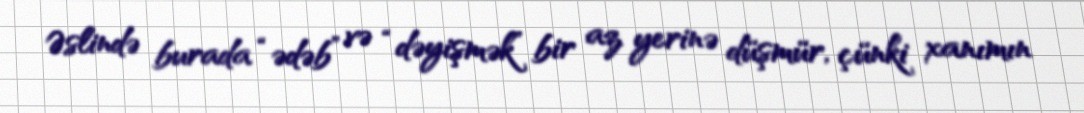
Əslində burada “ədəb” və “dəyişmək” bir az yerinə düşmür, çünki xanımın